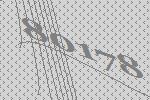
80178